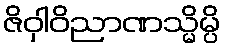
ဇိဝှါဝိညာဏသ္မိမ္ပိ